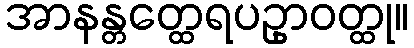
အာနန္တတ္ထေရပဥှာဝတ္ထု။